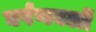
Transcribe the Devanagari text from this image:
घर्षणबलों